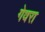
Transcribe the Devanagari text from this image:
गेवरा